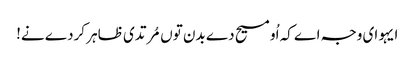
ایہو ای وجہ اے کہ اُو مسیح دے بدن توں مُرتدی ظاہر کردے نے!